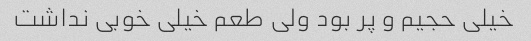
خیلی حجیم و پر بود ولی طعم خیلی خوبی نداشت